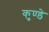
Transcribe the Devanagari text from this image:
कुण्डे